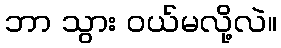
ဘာ သွား ဝယ်မလို့လဲ။